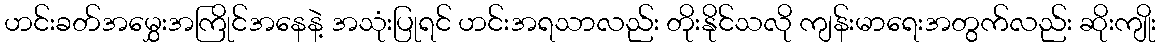
ဟင်းခတ်အမွှေးအကြိုင်အနေနဲ့ အသုံးပြုရင် ဟင်းအရသာလည်း တိုးနိုင်သလို ကျန်းမာရေးအတွက်လည်း ဆိုးကျိုး